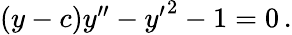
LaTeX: \begin{array}{r}{(y-c)y^{\prime\prime}-{y^{\prime}}^{2}-1=0\, .}\end{array}